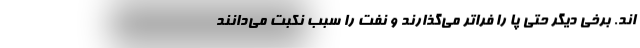
اند. برخی دیگر حتی پا را فراتر می‌گذارند و نفت را سبب نکبت می‌دانند